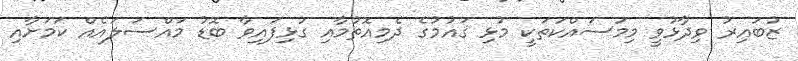
ޒުބައިރު ވިދާޅުވީ މިމަސައްކަތަކީ މުޅި ޤައުމުގެ ދެމިއޮތުމާއި ގުޅިފައިވާ ބޮޑު މައްސަލައެއް ކަމަށާއި